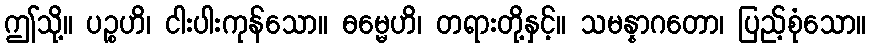
ဤသို့။ ပဉ္စဟိ၊ ငါးပါးကုန်သော။ ဓမ္မေဟိ၊ တရားတို့နှင့်။ သမန္နာဂတော၊ ပြည့်စုံသော။